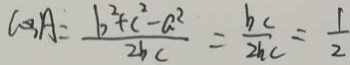
\cos A = \frac { b ^ { 2 } + c ^ { 2 } - a ^ { 2 } } { 2 b c } = \frac { b c } { 2 b c } = \frac { 1 } { 2 }